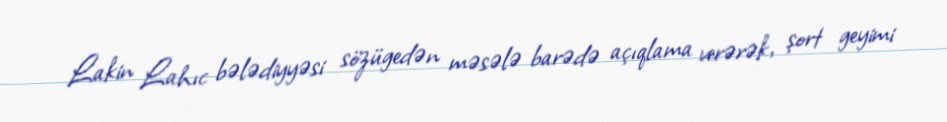
Lakin Lahıc bələdiyyəsi sözügedən məsələ barədə açıqlama verərək, şort geyimi